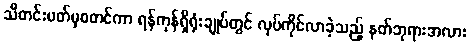
သီတင်းပတ်မှစတင်ကာ ရန်ကုန်ရှိရုံးချုပ်တွင် လုပ်ကိုင်လာခဲ့သည့် နတ်ဘုရားအလား